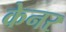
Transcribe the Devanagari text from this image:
केनर